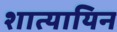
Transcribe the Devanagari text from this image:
शात्यायिन